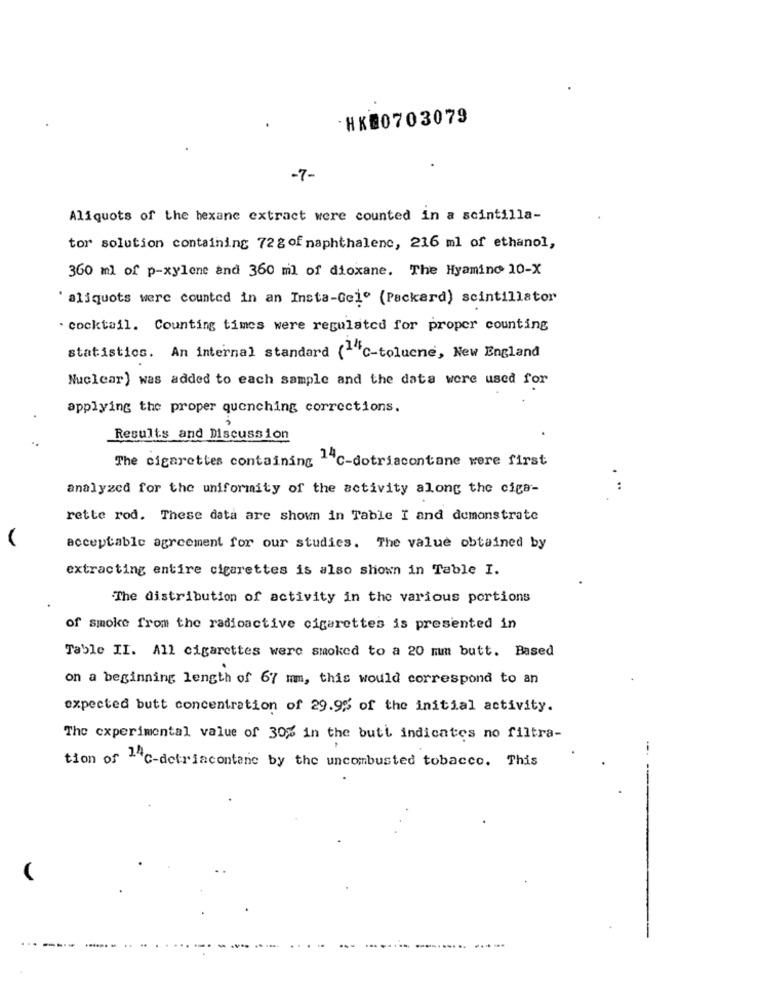
HK80703079
-7-
Aliquots of the hexane extract were counted in a scintilla-
tor solution containing 72g of naphthalene, 216 ml of ethanol,
360 ml of p-xylene and 360 ml of dioxane. The Hyamino 10-X
aliquots were counted in an Insta-Gele (Packard) scintillator
. cocktail. Counting times were regulated for proper counting
statistics. An internal standard (""C-tolucne, New England
Nuclear) was added to each sample and the data were used for
applying the proper quenching corrections.
Results and Discussion
The cigarettes containing ."C-dotriacontane were first
analyzed for the uniformity of the activity along the ciga-
rette rod. These data are shown in Table I and demonstrate
acceptable agreement for our studies. The value obtained by
extracting entire cigarettes is also shown in Table I.
The distribution of activity in the various portions
of smoke from the radioactive cigarettes is presented in
Table II. All cigarettes were smoked to a 20 mm butt. Based
on a beginning length of 67 mm, this would correspond to an
expected butt concentration of 29.9% of the initial activity.
The experimental value of 30% in the butt indicates no filtra-
--.
tion of 1"c-detriacontane by the uncombusted tobacco. This
...